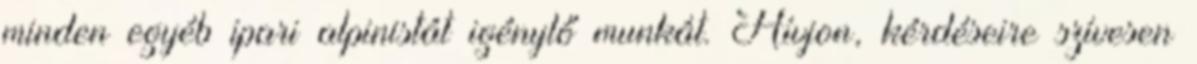
minden egyéb ipari alpinistát igénylő munkát. Hívjon, kérdéseire szívesen